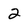
Character: 2